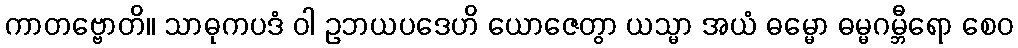
ကာတဗ္ဗောတိ။ သာဓုကပဒံ ဝါ ဥဘယပဒေဟိ ယောဇေတွာ ယသ္မာ အယံ ဓမ္မော ဓမ္မဂမ္ဘီရော စေဝ